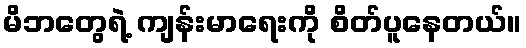
မိဘတွေရဲ့ ကျန်းမာရေးကို စိတ်ပူနေတယ်။